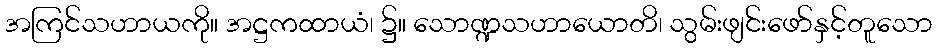
အကြင်သဟာယကို။ အဋ္ဌကထာယံ၊ ၌။ သောဏ္ဍသဟာယောတိ၊ သွမ်းဖျင်းဖော်နှင့်တူသော